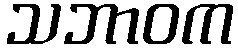
သဘာဝက